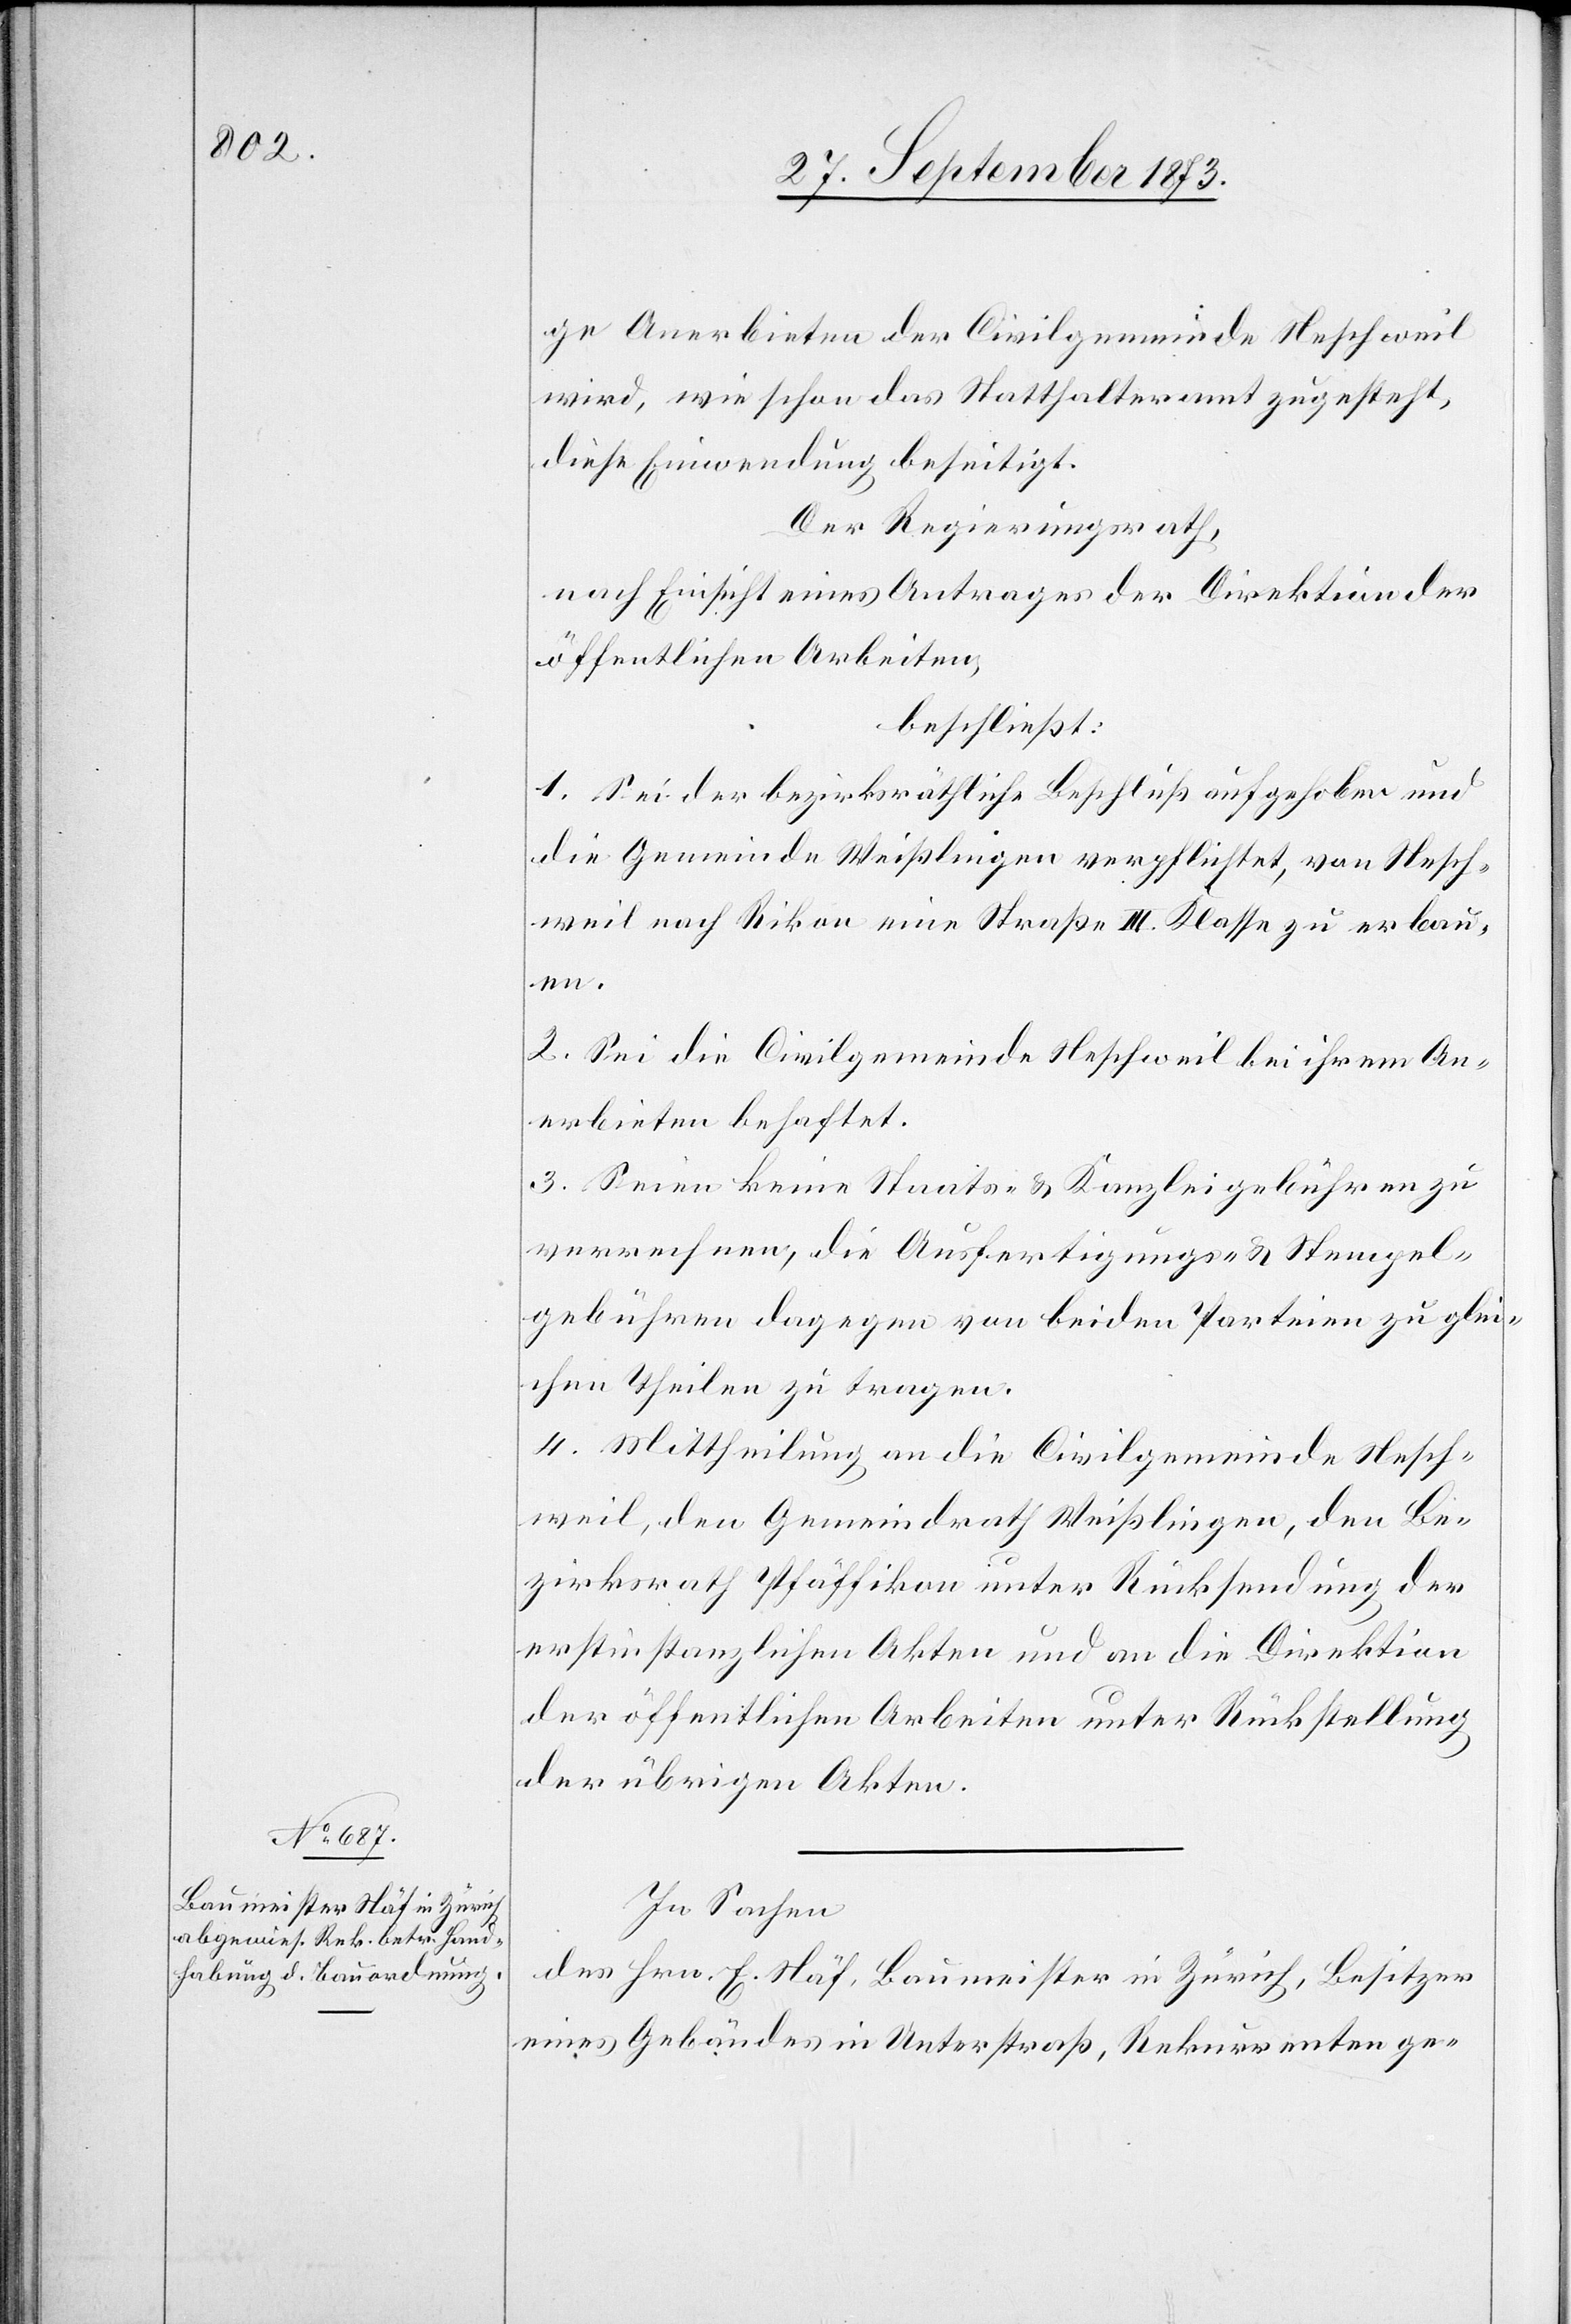
ge Anerbieten der Civilgemeinde Neschweil
wird, wie schon das Statthalteramt zugesteht,
diese Einwendung beseitigt.
Der Regierungsrath,
nach Einsicht eines Antrages der Direktion der
öffentlichen Arbeiten,
beschließt:
1. Sei der bezirksräthliche Beschluß aufgehoben und
die Gemeinde Weißlingen verpflichtet, von Nesch¬
weil nach Rikon eine Straße III. Klasse zu erbau¬
en.
2. Sei die Civilgemeinde Neschweil bei ihrem An¬
erbieten behaftet.
3. Seien keine Staats- & Kanzleigebühren zu
verrechnen, die Ausfertigungs- & Stempel¬
gebühren dagegen von beiden Parteien zu glei¬
chen Theilen zu tragen.
4. Mittheilung an die Civilgemeinde Nesch¬
weil, den Gemeindrath Weißlingen, den Be¬
zirksrath Pfäffikon unter Rücksendung der
erstinstanzlichen Akten und an die Direktion
der öffentlichen Arbeiten unter Rückstellung
der übrigen Akten.
In Sachen
des Hrn. E. Näf, Baumeister in Zürich, Besitzer
eines Gebäudes in Unterstraß, Rekurrenten ge-